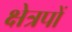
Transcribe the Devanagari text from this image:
क्षेत्रपों